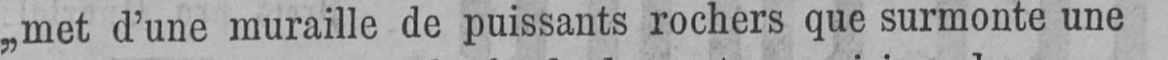
„met d’une muraille de puissants rochers que surmonte une